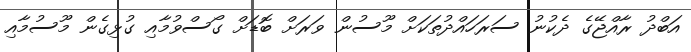
އަބްދު ރާއްޖޭގެ ދެކުނު ސަރަހައްދުތަކަށް މޫސުން ވަރަށް ބޮޑަށް ގޯސްވުމާއި ގުޅިގެން މޫސުމާއި